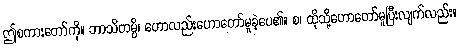
ဤစကားတော်ကို။ ဘာသိတမ္ပိ၊ ဟောလည်းဟောတော်မူခဲ့ပေ၏။ စ၊ ထိုသို့ဟောတော်မူပြီးလျက်လည်း။